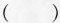
( )